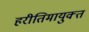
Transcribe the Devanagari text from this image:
हरीतिमायुक्‍त